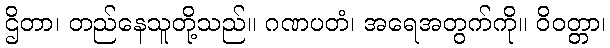
ဌိတာ၊ တည်နေသူတို့သည်။ ဂဏပတံ၊ အရေအတွက်ကို။ ဝိဝတ္တာ၊